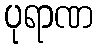
ပုရာဏ